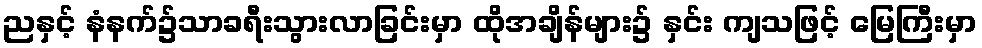
ညနှင့် နံနက်၌သာခရီးသွားလာခြင်းမှာ ထိုအချိန်များ၌ နှင်း ကျသဖြင့် မြေကြီးမှာ